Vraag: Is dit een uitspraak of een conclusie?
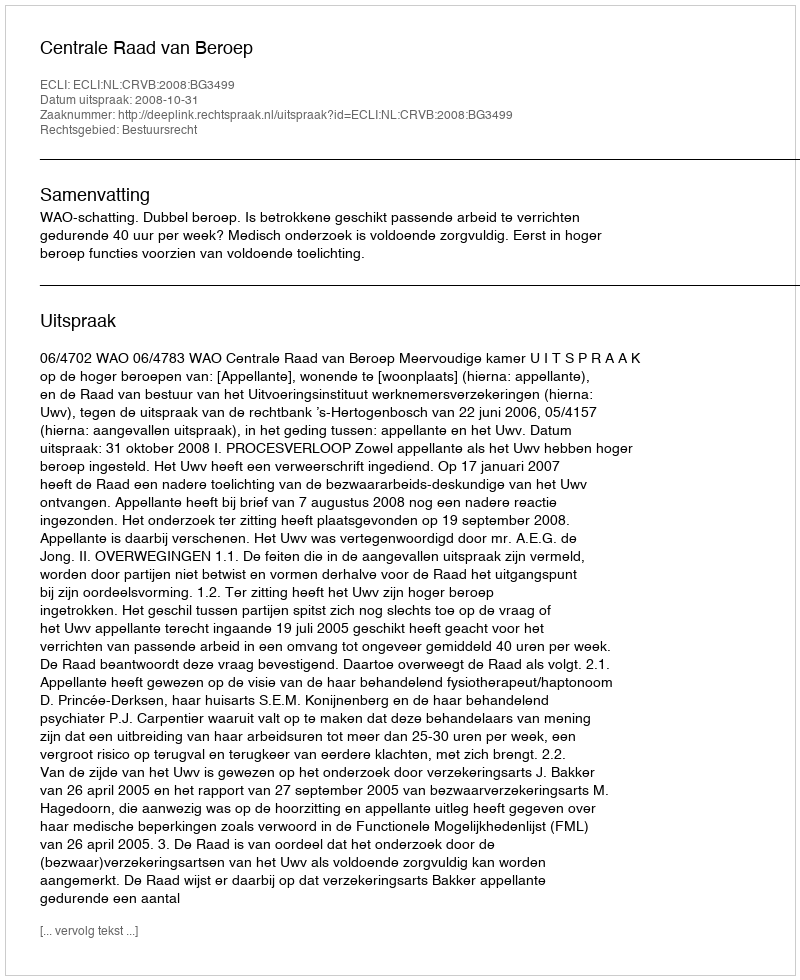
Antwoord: Uitspraak